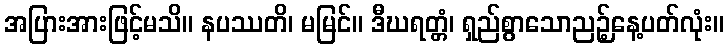
အပြားအားဖြင့်မသိ။ နပဿတိ၊ မမြင်။ ဒီဃရတ္တံ၊ ရှည်စွာသောညဉ့်နေ့ပတ်လုံး။